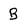
Character: B